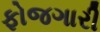
ફોજગારી